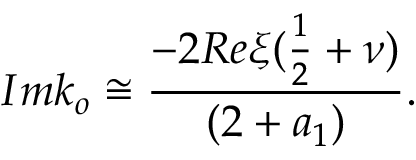
I m k _ { o } \cong \frac { - 2 R e \xi ( \frac { 1 } { 2 } + \nu ) } { ( 2 + a _ { 1 } ) } .